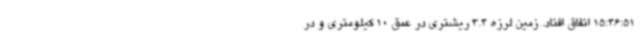
15:46:51 اتفاق افتاد. زمین لرزه 3.4 ریشتری در عمق 10 کیلومتری و در